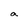
Character: a